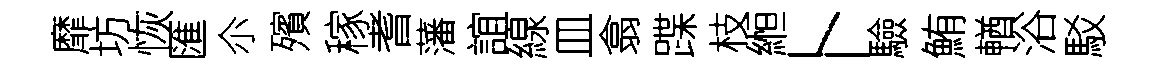
靡坊恢匯尒殯稼耆藩誼線皿翕蹀枝縆卜驗鮪輶浴駁